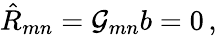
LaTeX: \hat{R}_{mn}={\cal G}_{mn}b=0\, ,